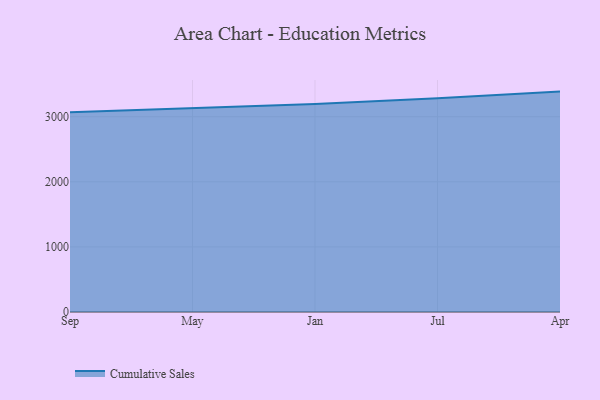
{"axis": {"x": "Month", "y": "Satisfaction Score"}, "legend": ["Cumulative Sales"], "data": [{"x": "Sep", "y": 3068.8, "type": "Cumulative Sales"}, {"x": "May", "y": 3129.6, "type": "Cumulative Sales"}, {"x": "Jan", "y": 3194.2, "type": "Cumulative Sales"}, {"x": "Jul", "y": 3282.1, "type": "Cumulative Sales"}, {"x": "Apr", "y": 3385.9, "type": "Cumulative Sales"}]}